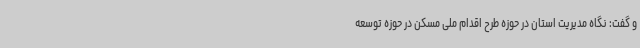
و گفت: نگاه مدیریت استان در حوزه طرح اقدام ملی مسکن در حوزه توسعه